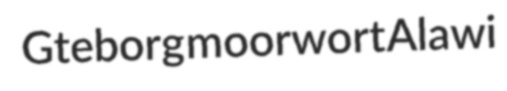
Gteborg moorwort Alawi